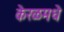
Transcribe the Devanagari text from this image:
केरळमधे